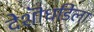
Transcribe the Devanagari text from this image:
देशॊधडिला